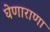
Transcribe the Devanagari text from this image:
घेणाराणा